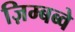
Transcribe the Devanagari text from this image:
ज़िम्बब्वे